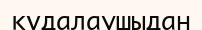
құдалаушыдан